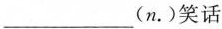
___(n.)笑话